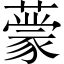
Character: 𬟃